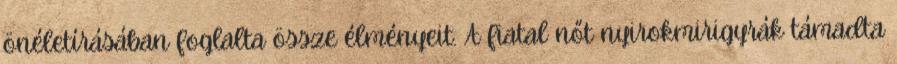
önéletírásában foglalta össze élményeit. A fiatal nőt nyirokmirigyrák támadta